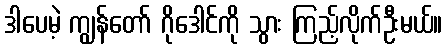
ဒါပေမဲ့ ကျွန်တော် ဂိုဒေါင်ကို သွား ကြည့်လိုက်ဦးမယ်။